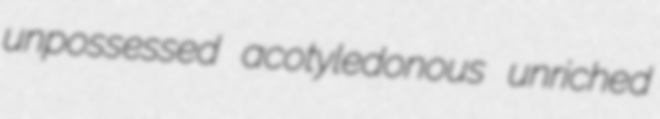
unpossessed acotyledonous unriched